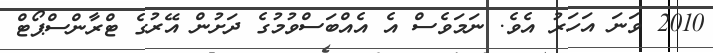
2010 ވަނަ އަހަރު އެވެ. ނަމަވެސް އެ އެއްބަސްވުމުގެ ދަށުން އޭރުގެ ޓްރާންސްޕޯޓް